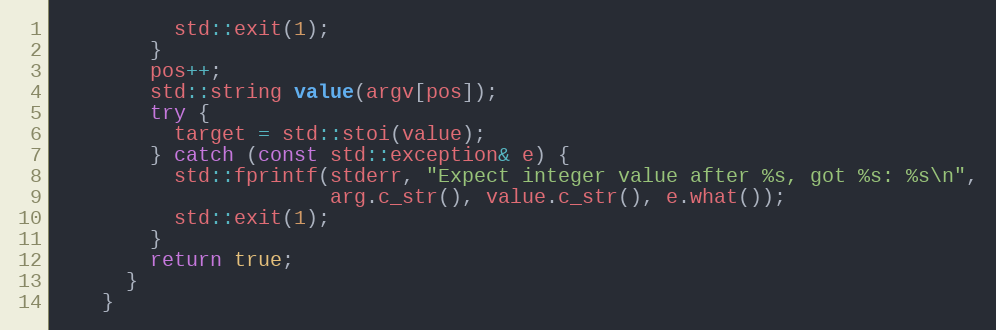
Language: C++
          std::exit(1);
        }
        pos++;
        std::string value(argv[pos]);
        try {
          target = std::stoi(value);
        } catch (const std::exception& e) {
          std::fprintf(stderr, "Expect integer value after %s, got %s: %s\n",
                       arg.c_str(), value.c_str(), e.what());
          std::exit(1);
        }
        return true;
      }
    }